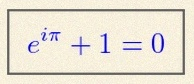
e^{i\pi}+1=0